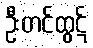
ဦးတင်ထွဋ်